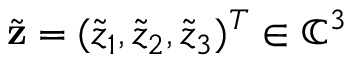
\widetilde { \mathbf z } = ( \widetilde { z } _ { 1 } , \widetilde { z } _ { 2 } , \widetilde { z } _ { 3 } ) ^ { T } \in \mathbb { C } ^ { 3 }